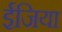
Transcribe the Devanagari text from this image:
ईजिया